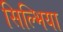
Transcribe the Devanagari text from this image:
सिल्भिया